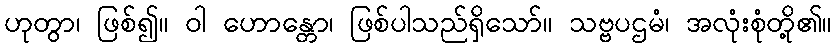
ဟုတွာ၊ ဖြစ်၍။ ဝါ ဟောန္တော၊ ဖြစ်ပါသည်ရှိသော်။ သဗ္ဗပဌမံ၊ အလုံးစုံတို့၏။